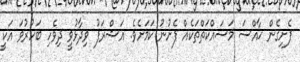
ފެށިގެން ޚާއްސަ މަސައްކަތްތަކެއް ފެށުނު ކަމަށެވެ. އަޝްރަފު ވިދާޅުވީ ދިވެހި ބަހުރުވަ އަކީ